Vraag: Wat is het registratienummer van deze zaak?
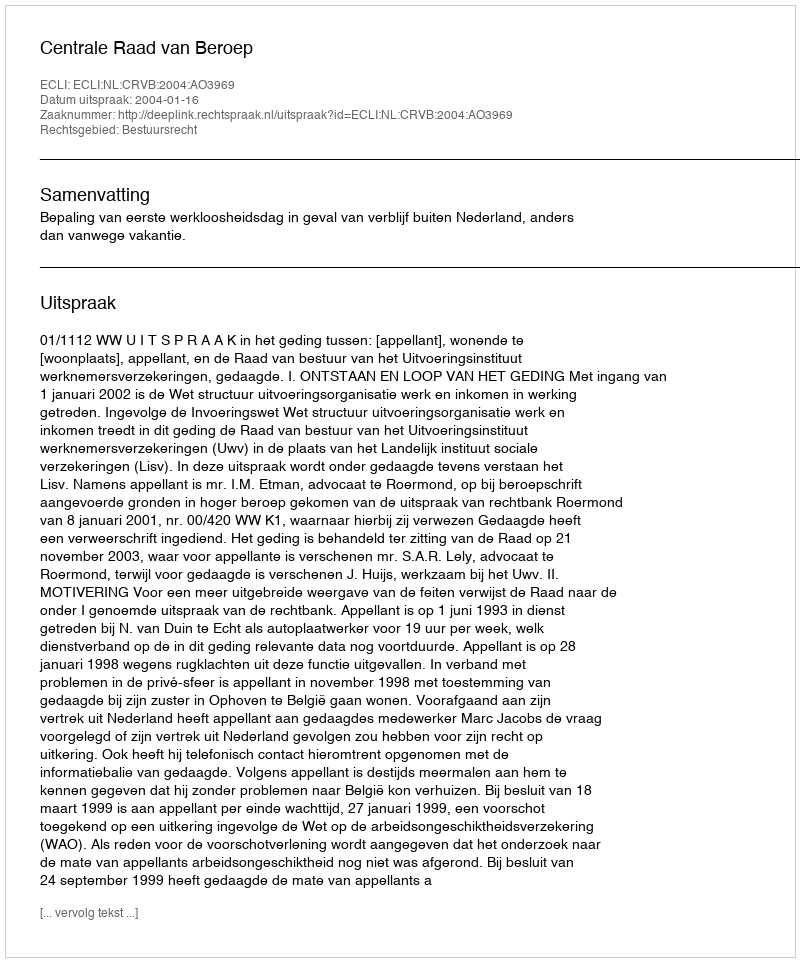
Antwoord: http://deeplink.rechtspraak.nl/uitspraak?id=ECLI:NL:CRVB:2004:AO3969